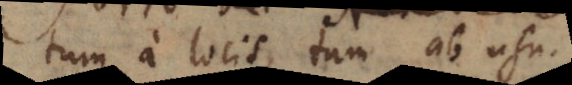
tum a locis, tum ab usu.